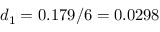
d _ { 1 } = 0 . 1 7 9 / 6 = 0 . 0 2 9 8